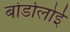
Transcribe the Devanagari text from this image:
बोर्डोलोई